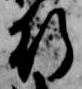
行